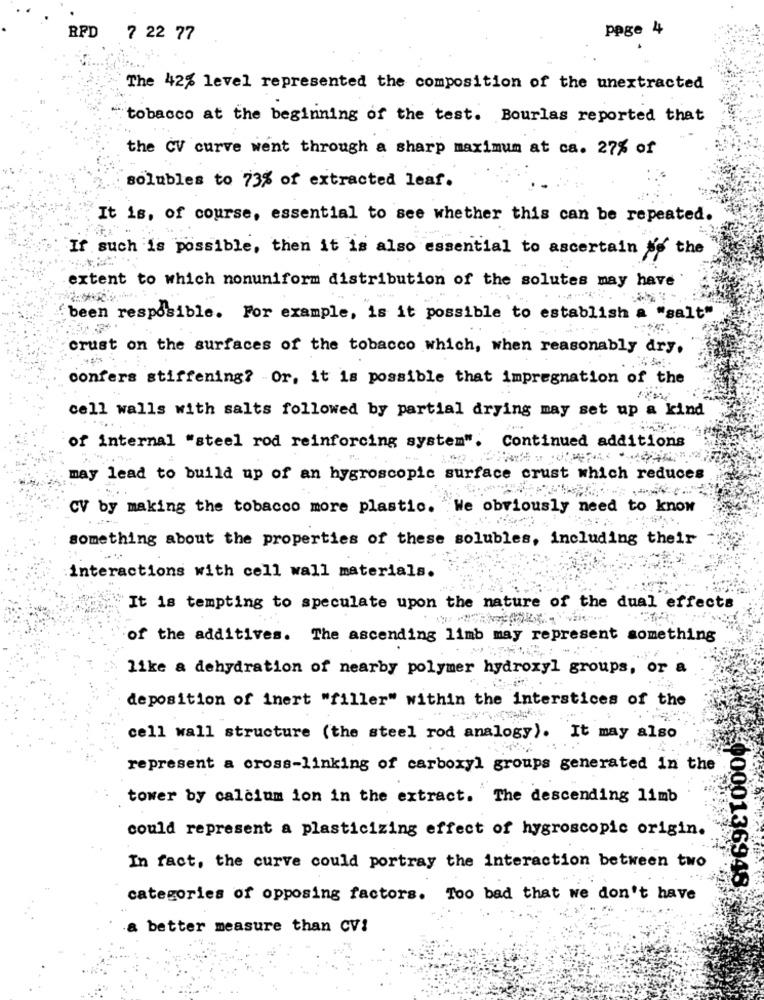
RPD
page 4
7 22 77
The 42% level represented the composition of the unextracted
"tobacco at the beginning of the test. Bourlas reported that
the CV curve went through a sharp maximum at ca. 27% of
solubles to 73% of extracted leaf.
It is, of course, essential to see whether this can be repeated.
If such is possible, then it is also essential to ascertain No the
extent to which nonuniform distribution of the solutes may have
been resposible. For example, is it possible to establish a "salt"
crust on the surfaces of the tobacco which, when reasonably dry.
confers stiffening? - Or, it is possible that impregnation of the
cell walls with salts followed by partial drying may set up a kind
of internal "steel rod reinforcing system". Continued additions
may lead to build up of an hygroscopic surface crust which reduces
CV by making the tobacco more plastic. We obviously need to know
something about the properties of these solubles, including their
interactions with cell wall materials.
It is tempting to speculate upon the nature of the dual effects
of the additives. The ascending limb may represent something
like a dehydration of nearby polymer hydroxyl groups, or a
deposition of inert "filler" within the interstices of the
cell wall structure (the steel rod analogy). It may also
represent a cross-linking of carboxyl groups generated in the
tower by calcium ion in the extract. The descending limb
could represent a plasticizing effect of hygroscopic origin.
In fact, the curve could portray the interaction between two
00001369482
categories of opposing factors. Too bad that we don't have
better measure than CV!